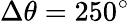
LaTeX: \Delta\theta=250^{\circ}